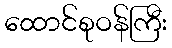
ထောင်စုဝန်ကြီး